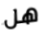
هل